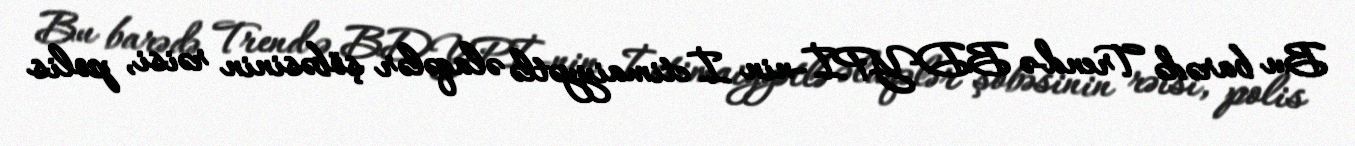
Bu barədə Trend-ə BDYPİ-nin İctimaiyyətlə əlaqələr şöbəsinin rəisi, polis